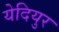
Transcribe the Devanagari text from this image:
येदियुर